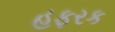
હફરક